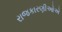
રાજકારણીઓએ